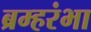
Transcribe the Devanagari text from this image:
ब्रम्हरंभा